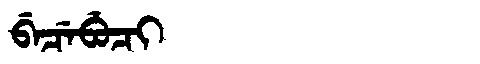
Manchu: ᠪᡝᠴᡝᠪᡠᠴᡳ
Romanization: BECEBUCI